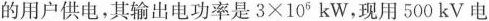
的用户供电，其输出电功率是$$3 \times 1 0 ^ { 6 }$$kW，现用500kV电